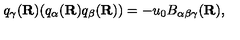
q _ { \gamma } ( { \bf R } ) ( q _ { \alpha } ( { \bf R } ) q _ { \beta } ( { \bf R } ) ) = - u _ { 0 } B _ { \alpha \beta \gamma } ( { \bf R } ) ,